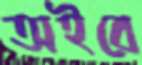
অইবে